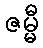
ဇမ္မီ